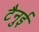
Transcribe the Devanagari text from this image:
टैनुई